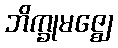
ဘိက္ခုမဇ္ဈေ